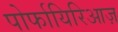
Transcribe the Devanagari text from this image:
पोर्फायिरिआज़